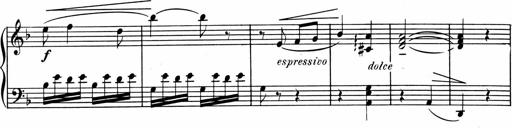
Title: 1Ã¨re Sonatine
Composer: FrÃ©dÃ©ric Binet